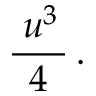
{ \frac { \; u ^ { 3 } \, } { 4 } } \, .